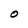
Character: O